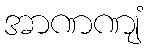
အာဏဏျံ